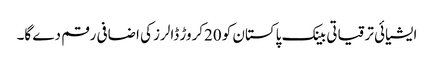
ایشیائی ترقیاتی بینک پاکستان کو 20کروڑ ڈالرز کی اضافی رقم دے گا۔